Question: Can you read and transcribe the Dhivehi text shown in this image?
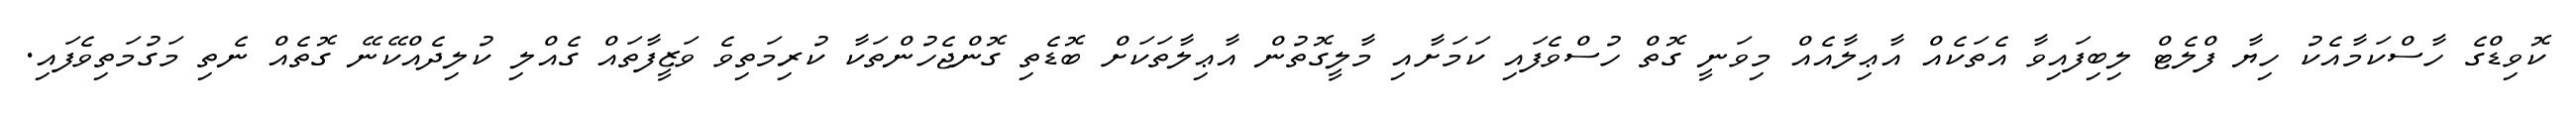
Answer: ކޮވިޑްގެ ހާސްކަމާއެކު ހިޔާ ފްލެޓް ލިބިފައިވާ އެތަކެއް އާޢިލާއެއް މިވަނީ ގޮތް ހުސްވެފައި ކަމަށާއި މާލީގޮތުން އާޢިލާތަކަށް ބޮޑެތި ގޮންޖެހުންތަކާ ކުރިމަތިވެ ވަޒީފާތައް ގެއްލި ކުލިދެއްކޭނޭ ގޮތެއް ނެތި މަގުމަތިވެފައި.